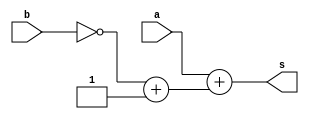
// ------------------------- 
// Exemplo0020 - BASE 
// Nome: Raphael Quintao
// ------------------------- 
// ------------------------- 
// test number system 
// ------------------------- 

module M (output [7:0]s, input [7:0]a, input [7:0]b);
	assign s = a + (~b + 1);
endmodule

module test_base_01; 
// ------------------------- definir dados 
	reg [7:0] a;
	reg [7:0] b;
	reg [7:0] c;
	reg [7:0] d;
	reg [7:0] e;  
	reg [7:0] f;
	reg [7:0] g;
	reg [7:0] h;
	reg [7:0] i;
	reg [7:0] j; 
		
	wire [7:0] sA;
	wire [7:0] sB;
	wire [7:0] sC;
	wire [7:0] sD;
	wire [7:0] sE;  
	
	M A(sA, a, b); 
	M B(sB, c, d);
	M C(sC, e, f);
	M D(sD, g, h);
	M E(sE, i, j);
	
initial begin: start
	a = 6'b101010; 
	b = 4'b1001;
	c = 5'b11011;
	d = 4'o15;
	e = 6'o34;
	f = 4'hC;
	g = 8'hDA;
	h = 8'b10111001;
	i = 27;
	j = 5'h1B;
end
	
// ------------------------- parte principal 
initial begin
	$display("Exemplo0020 - Raphael Quintao - 445171"); 
	$display("Test number system"); 
	 
	#1
	$display("\na)");
	$display("%b - %b = %b", a, b, sA);
	
	$display("\nb)");
	$display("%b - %o = %b", c, d, sB);
	
	$display("\nc)");
	$display("%o - %h = %b", e, f, sC);
	
	$display("\nd)");
	$display("%h - %b = %b", g, h, sD);

	$display("\ne)");
	$display("%d - %h = %b", i, j, sE);	

end 
endmodule // test_base